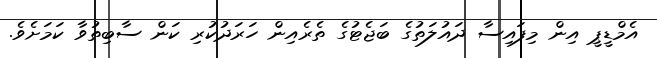
އެމްޑީޕީ އިން މިފައިސާ ދައުލަތުގެ ބަޖެޓުގެ ތެރެއިން ހަރަދުކުރި ކަން ސާބިތުވާ ކަމަށެވެ.